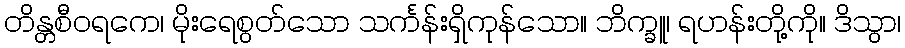
တိန္တစီဝရကေ၊ မိုးရေစွတ်သော သင်္ကန်းရှိကုန်သော။ ဘိက္ခူ၊ ရဟန်းတို့ကို။ ဒိသွာ၊